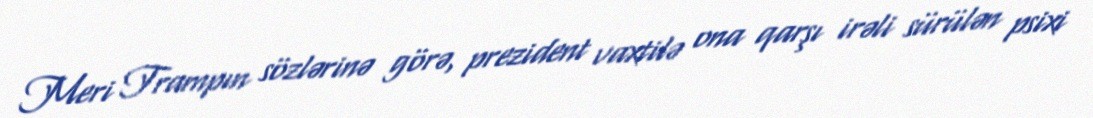
Meri Trampın sözlərinə görə, prezident vaxtilə ona qarşı irəli sürülən psixi